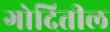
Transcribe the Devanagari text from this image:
गोदितील